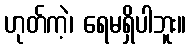
ဟုတ်ကဲ့၊ ရေမရှိပါဘူး။